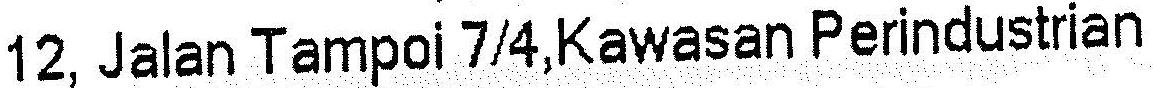
12, JALAN TAMPOI 7/4,KAWASAN PERINDUSTRIAN